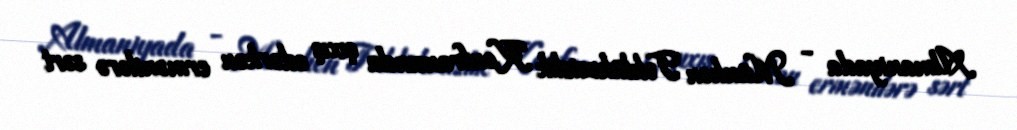
Almaniyada - Münhen Təhlükəsizlik Konfransında çıxış edərkən ermənilərə sərt